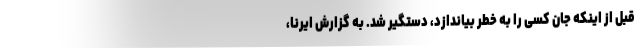
قبل از اینکه جان کسی را به خطر بیاندازد، دستگیر شد. به گزارش ایرنا،